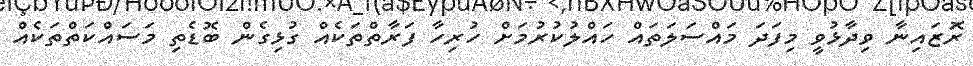
ރޮަޒައިނާ ވިދާޅުވީ މިފަދަ މައްސަލަތައް ހައްލުުކުރުމަށް ހުރިހާ ފަރާތްތަކެއް ގުޅިގެން ބޮޑެތި މަސައްކަތްތަކެއް